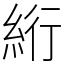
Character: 絎